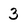
Character: 3